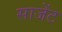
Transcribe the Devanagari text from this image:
साजेंट